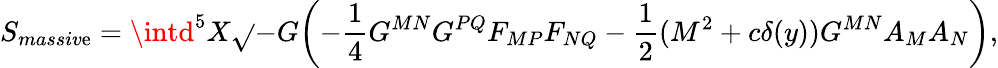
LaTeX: S_{massiv\mathrm{e}}=\intd^{5}X\sqrt{}{{-G}}\biggl(-\frac{{1}}{{4}}G^{MN}G^{PQ}F_{MP}F_{NQ}-\frac{{1}}{{2}}(M^{2}+c\delta(y))G^{MN}A_{M}A_{N}\biggr),